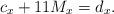
LaTeX: \begin{align*} c_{x} + 11M_x = d_x.\end{align*}